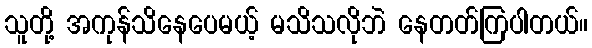
သူတို့ အကုန်သိနေပေမယ့် မသိသလိုဘဲ နေတတ်ကြပါတယ်။